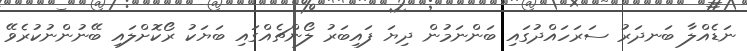
ނަޑެއްލާ ބަނދަރު ސަރަހައްދުގައި ބަންނަމުން ދިޔަ ފައިބަރު ލޯންޗެއްގައި ބަޔަކު ރޯކޮށްލައި ބޭނުންނުކުރެވޭ